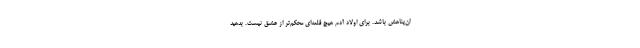
ان‌پناهش باشد. برای اولاد آدم هیچ قلعه‌ای محکم‌تر از عشق نیست. بدهید